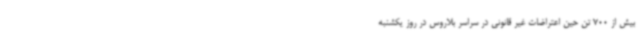
بیش از 700 تن حین اعتراضات غیر قانونی در سراسر بلاروس در روز یکشنبه